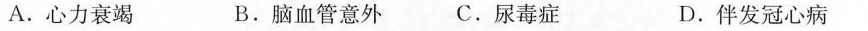
A.心力衰竭 B.脑血管意外 C.尿毒症 D.伴发冠心病